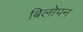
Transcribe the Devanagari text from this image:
बिलोपन